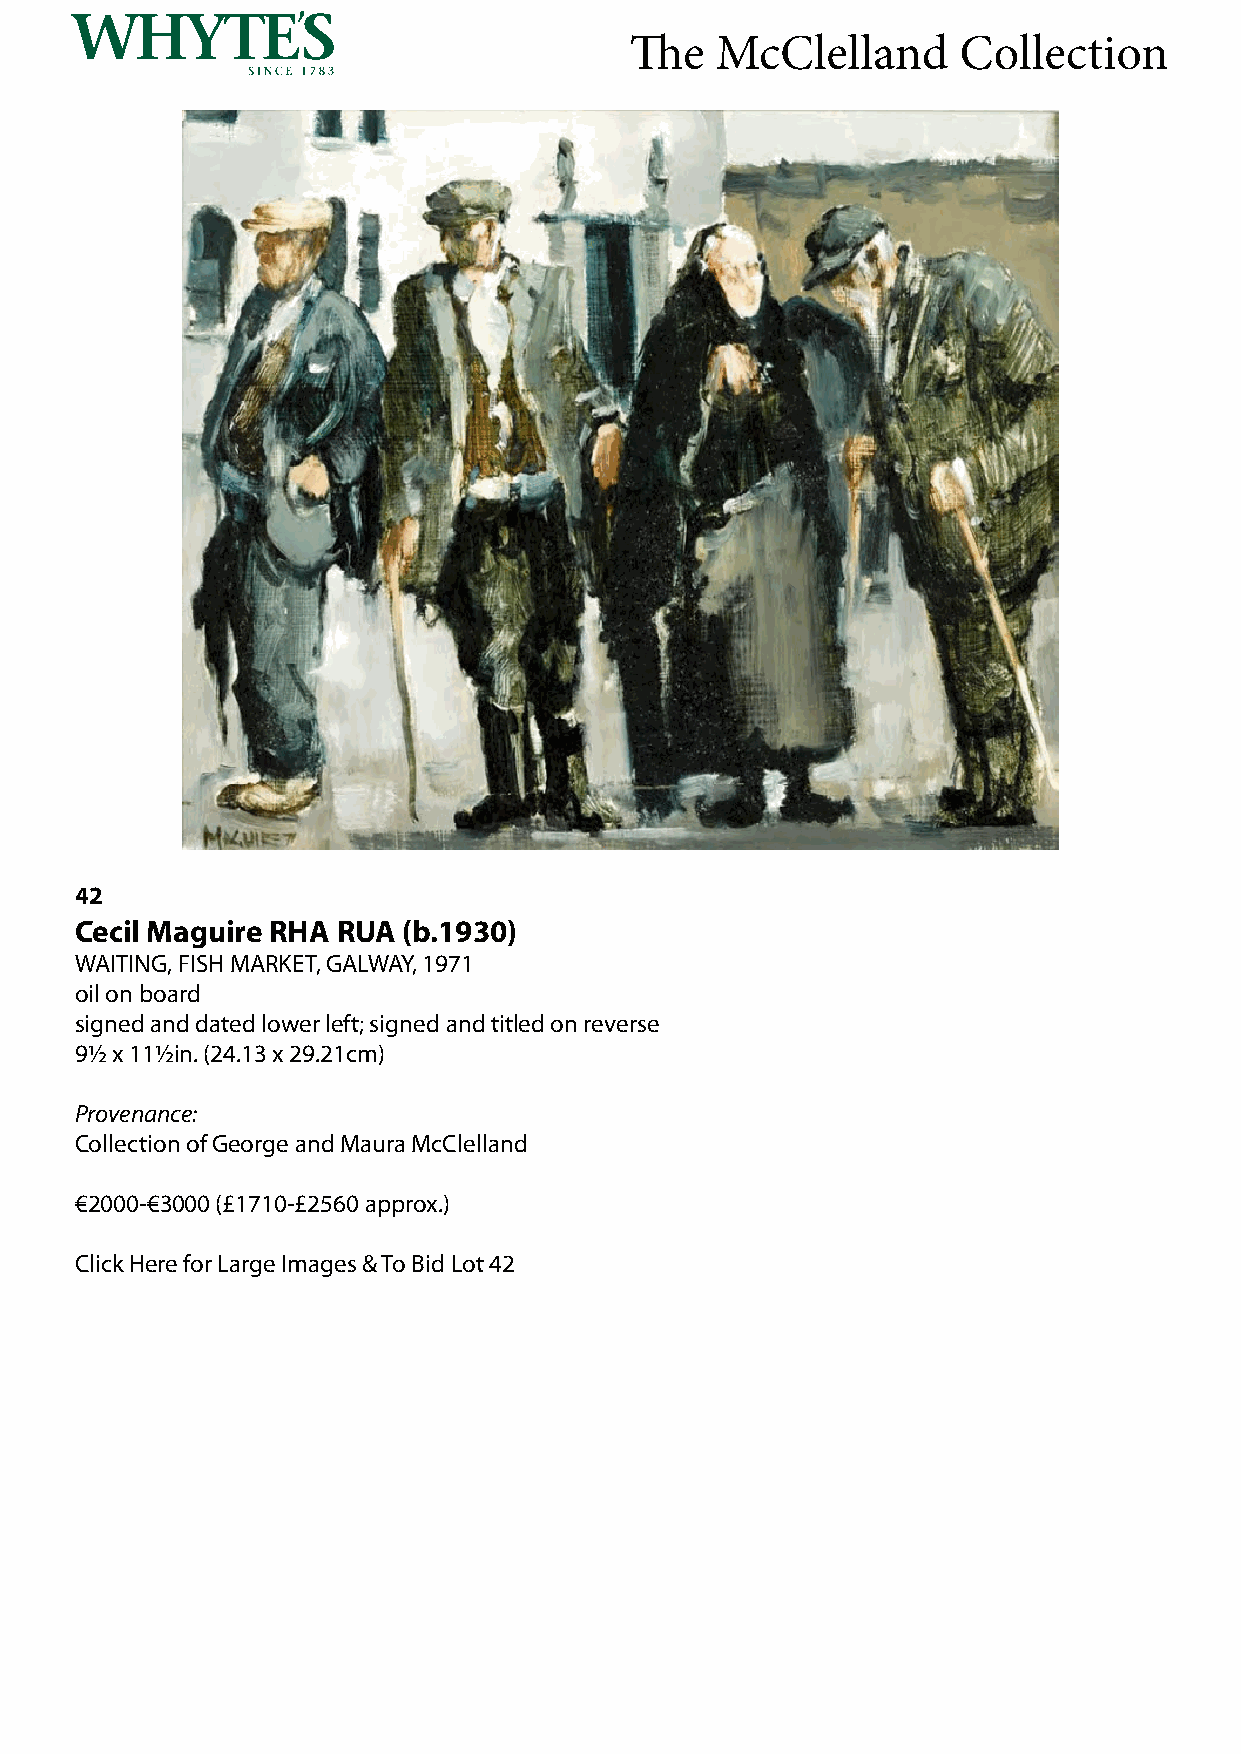
The  McClelland      Collection
 42
 Cecil Maguire RHA RUA (b.1930)
 WAITING, FISH MARKET, GALWAY, 1971
 oil on board
 signed and dated lower left; signed and titled on reverse
 9½ x 11½in. (24.13 x 29.21cm)
 Provenance:
 Collection of George and Maura McClelland
 €2000-€3000 (£1710-£2560 approx.)
 Click Here for Large Images & To Bid Lot 42